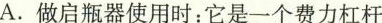
A.做启瓶器使用时：它是一个费力杠杆